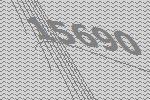
15690